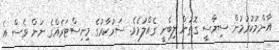
އާންމުކުރުމުން ސިޔާސީ ގޮތުން ލިބެނީ ގެއްލުމެވެ. ސަރުކާރުގެ މިނިސްޓަރެއްގެ ނަން ވެސް އެ